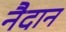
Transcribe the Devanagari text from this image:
नैदान